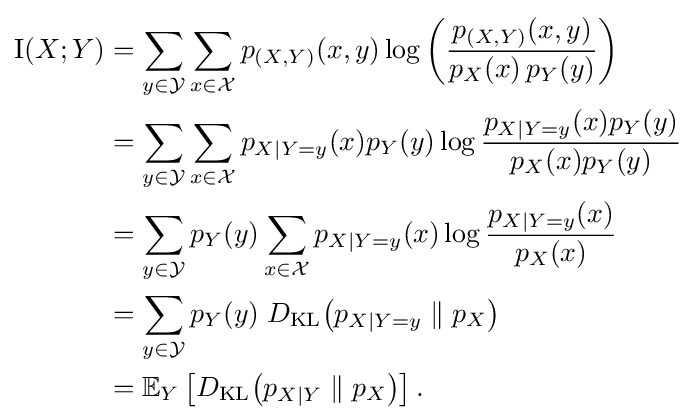
{\begin{aligned}\operatorname {I} (X;Y)&=\sum _{y\in {\mathcal {Y}}}\sum _{x\in {\mathcal {X}}}{p_{(X,Y)}(x,y)\log \left({\frac {p_{(X,Y)}(x,y)}{p_{X}(x)\,p_{Y}(y)}}\right)}\\&=\sum _{y\in {\mathcal {Y}}}\sum _{x\in {\mathcal {X}}}p_{X\mid Y=y}(x)p_{Y}(y)\log {\frac {p_{X\mid Y=y}(x)p_{Y}(y)}{p_{X}(x)p_{Y}(y)}}\\&=\sum _{y\in {\mathcal {Y}}}p_{Y}(y)\sum _{x\in {\mathcal {X}}}p_{X\mid Y=y}(x)\log {\frac {p_{X\mid Y=y}(x)}{p_{X}(x)}}\\&=\sum _{y\in {\mathcal {Y}}}p_{Y}(y)\;D_{\text{KL}}\!\left(p_{X\mid Y=y}\parallel p_{X}\right)\\&=\mathbb {E} _{Y}\left[D_{\text{KL}}\!\left(p_{X\mid Y}\parallel p_{X}\right)\right].\end{aligned}}